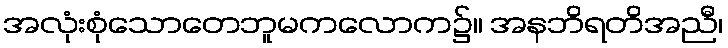
အလုံးစုံသောတေဘူမကလောက၌။ အနဘိရတိအညီ၊